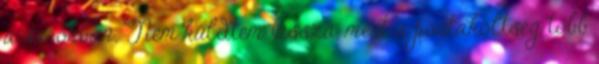
a sarokban. Nem küldtem vissza, mert a postaköltség több